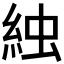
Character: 𬗌